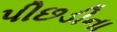
પીછડીના